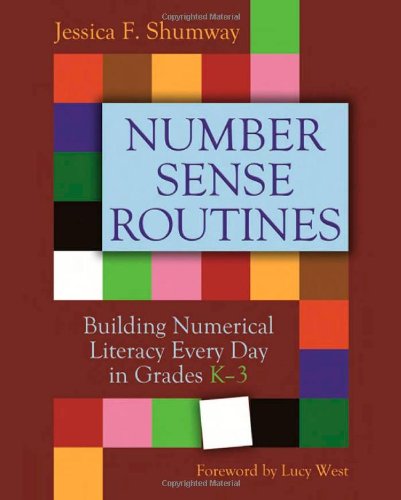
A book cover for Number Sense Routines: Building Numerical Literacy Every Day in Grades K-3; Jessica F. Shumway; Education & Teaching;